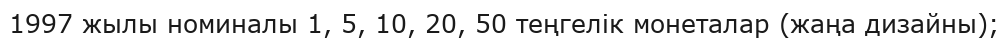
1997 жылы номиналы 1, 5, 10, 20, 50 теңгелік монеталар (жаңа дизайны);